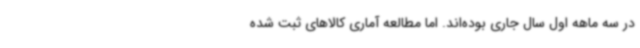
در سه ماهه اول سال جاری بوده‌اند. اما مطالعه آماری کالاهای ثبت شده